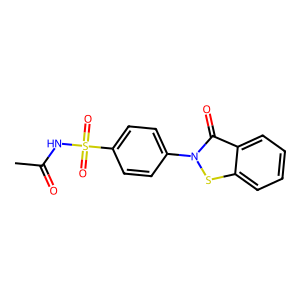
SMILES: CC(=O)NS(=O)(=O)c1ccc(-n2sc3ccccc3c2=O)cc1
Inhibits HIV replication: Yes